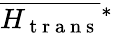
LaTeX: \overline{{H_{\mathrm{~t~r~a~n~s~}}}}{}^{*}